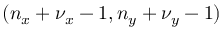
( n _ { x } + \nu _ { x } - 1 , n _ { y } + \nu _ { y } - 1 )